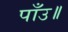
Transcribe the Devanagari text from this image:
पाँउ॥